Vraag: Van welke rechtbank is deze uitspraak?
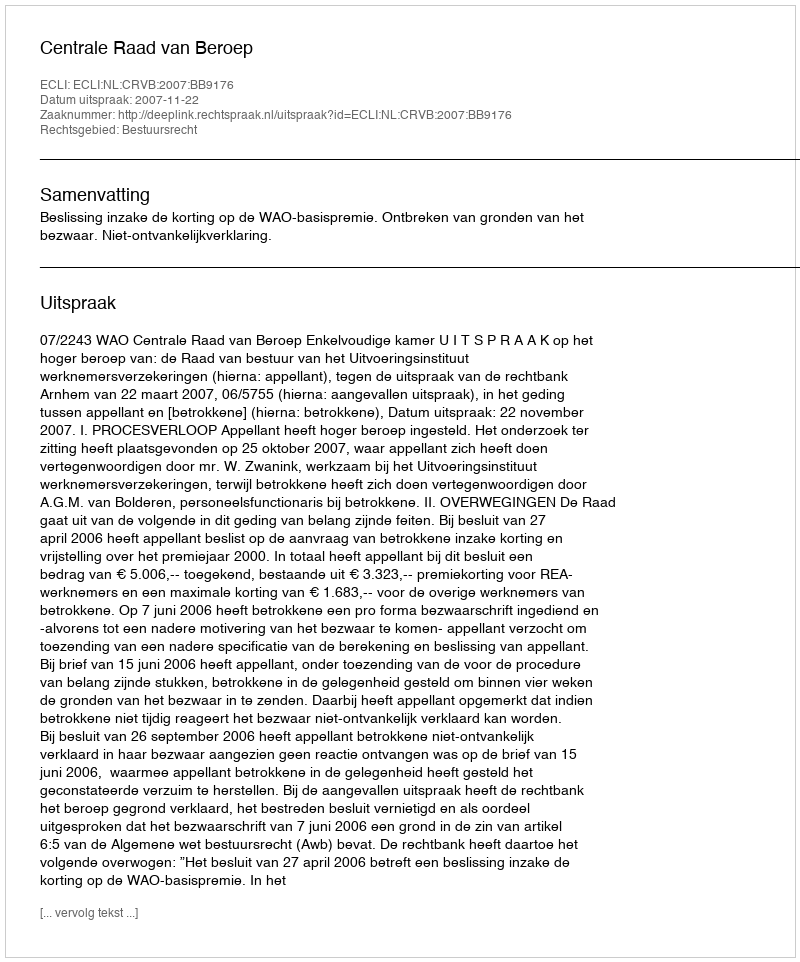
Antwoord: Centrale Raad van Beroep